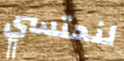
لنحتسي